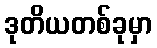
ဒုတိယတစ်ခုမှာ